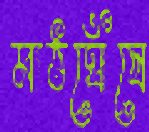
মাঠঘেঁষে